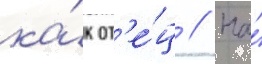
ка́к от'е́ц // На́